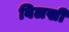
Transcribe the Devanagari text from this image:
बिलखी